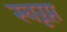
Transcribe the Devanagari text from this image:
स्वरूप्त